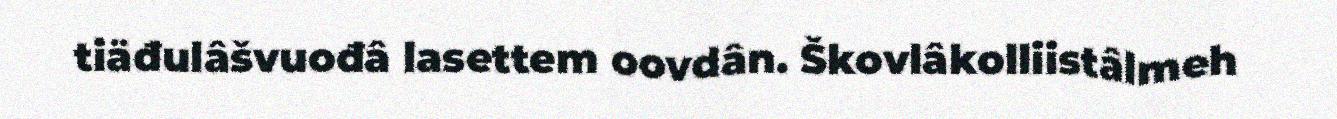
tiäđulâšvuođâ lasettem oovdân. Škovlâkolliistâlmeh